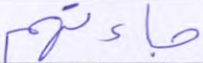
جاءتهم